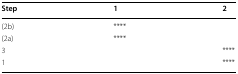
| Step | 1 | 2 |
 | --- | --- | --- |
 | (2b) | **** |  |
 | (2a) | **** |  |
 | 3 |  | **** |
 | 1 |  | **** |